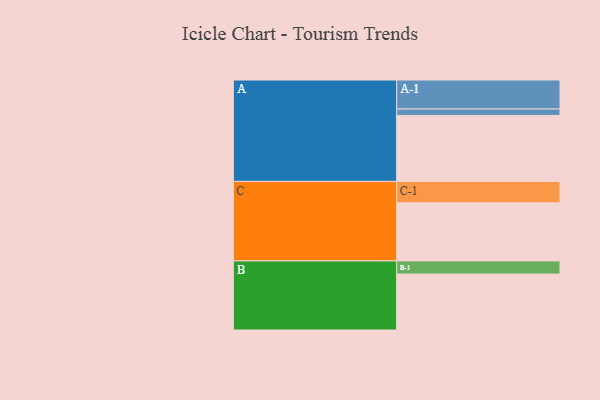
{"axis": {"x": "Segment", "y": "Value"}, "legend": ["", "A", "B", "C"], "data": [{"x": "A", "y": 533, "type": ""}, {"x": "B", "y": 452, "type": ""}, {"x": "C", "y": 469, "type": ""}, {"x": "A-1", "y": 234, "type": "A"}, {"x": "A-2", "y": 52, "type": "A"}, {"x": "B-1", "y": 106, "type": "B"}, {"x": "C-1", "y": 173, "type": "C"}]}